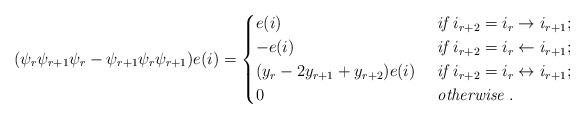
\begin{align*} (\psi_r\psi_{r+1}\psi_r-\psi_{r+1}\psi_r\psi_{r+1})e(i)=\begin{cases}e(i) &\textit{ if } i_{r+2}=i_r\rightarrow i_{r+1};\\-e(i) &\textit{ if } i_{r+2}=i_r\leftarrow i_{r+1};\\(y_r-2y_{r+1}+y_{r+2})e(i) &\textit{ if } i_{r+2}=i_r\leftrightarrow i_{r+1};\\0 &\textit{ otherwise } .\end{cases}\end{align*}